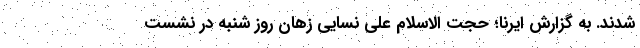
شدند. به گزارش ایرنا؛ حجت الاسلام علی نسایی زهان روز شنبه در نشست